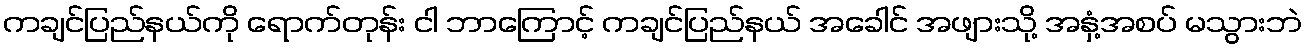
ကချင်ပြည်နယ်ကို ရောက်တုန်း ငါ ဘာကြောင့် ကချင်ပြည်နယ် အခေါင် အဖျားသို့ အနှံ့အစပ် မသွားဘဲ